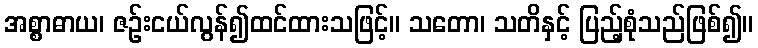
အစ္စာဓာယ၊ ဇဉ်းငယ်လွန်၍ထင်ထားသဖြင့်။ သတော၊ သတိနှင့် ပြည့်စုံသည်ဖြစ်၍။